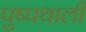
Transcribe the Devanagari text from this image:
पुष्पथाली